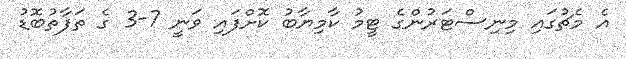
އެ މެޗުގައި މިނިސްޓަރުންގެ ޓީމު ކާމިޔާބު ކޮށްފައި ވަނީ 7-3 ގެ ތަފާތުބޮޑު